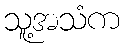
သူ့အသံက